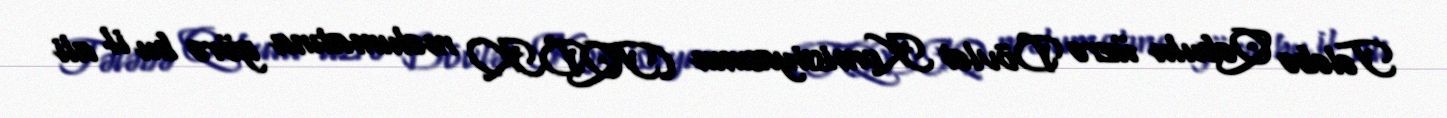
Tələbə Qəbulu üzrə Dövlət Komissiyasının (TQDK) məlumatına görə bu il ali